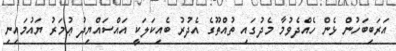
އަރަބިބަހުން ޅެން ހެއްދެވުމާ މެދުގައި ތުއްތޫގެ އެދުރު ބެއިކަލަކީ އައްސައްޔިދު ޢުމަރު ޔައުމައިނި